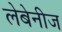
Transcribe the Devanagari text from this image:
लेबेनीज